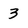
Character: 3